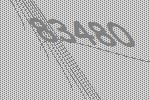
83480